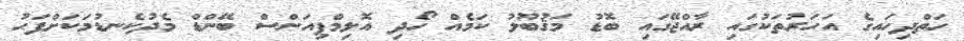
ހަތްދިހައިގެ އަހަރުތަކުގައި ރާއްޖޭގައި ބޮޑު މަޤުބޫލު ކަމެއް ހޯދި އޮލިމްޕިއަންސް ބޭންޑް މެދުކެނޑުމަކަށްފަހު